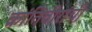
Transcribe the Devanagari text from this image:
क्रांतिवीरांची